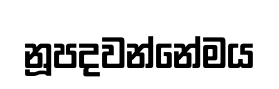
නූපදවන්නේමය